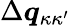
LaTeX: \Delta\boldsymbol{q}_{\kappa\kappa^{\prime}}